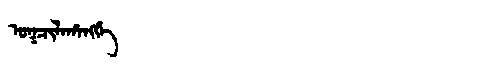
Manchu: ᠣᡴᠴᡳᠯᠠᡥᠠᠩᡤᡝ
Romanization: OKCILAHANGGE